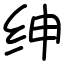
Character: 绅